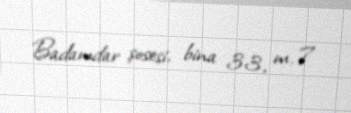
Badamdar şosesi, bina 33, m. 7